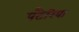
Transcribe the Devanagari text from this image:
पटैरिया